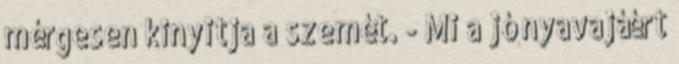
mérgesen kinyitja a szemét. - Mi a jó nyavajáért